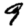
Digit: 9